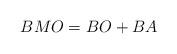
LaTeX: \begin{align*}BMO=BO+BA\end{align*}